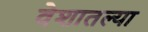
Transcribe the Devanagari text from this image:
वेशातल्या